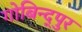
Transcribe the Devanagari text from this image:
गोबिन्द्पुर